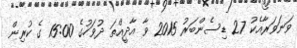
ވަނަވަރާއެކު 27 ޑިސެންބަރު 2015 ވާ އާދީއްތަ ދުވަހުގެ 15:00 ގެ ކުރިން